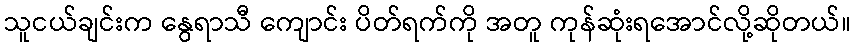
သူငယ်ချင်းက နွေရာသီ ကျောင်း ပိတ်ရက်ကို အတူ ကုန်ဆုံးရအောင်လို့ဆိုတယ်။